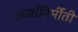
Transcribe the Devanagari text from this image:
ऊर्जानिर्मीती